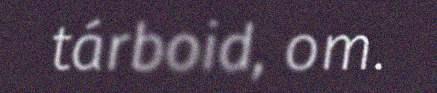
tárboid, om.